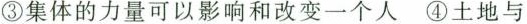
③ 集体的力量可以影响和改变一个人 ④ 土地与